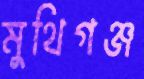
মুথিগঞ্জ